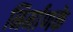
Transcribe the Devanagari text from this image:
निर्माणके